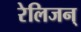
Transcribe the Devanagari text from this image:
रेलिजन्